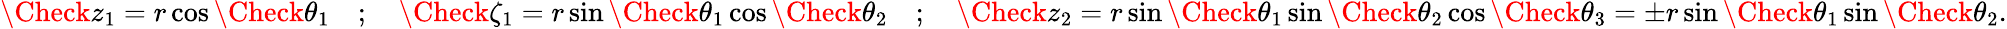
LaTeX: \Check{z}_{1}=r\cos\Check{\theta}_{1}\quad;\quad\Check{\zeta_{1}}=r\sin\Check{\theta}_{1}\cos\Check{\theta}_{2}\quad;\quad\Check{z}_{2}=r\sin\Check{\theta}_{1}\sin\Check{\theta}_{2}\cos\Check{\theta}_{3}=\pm r\sin\Check{\theta}_{1}\sin\Check{\theta}_{2}.